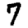
Digit: 7